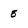
Character: 5